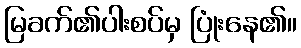
မြခက်၏ပါးစပ်မှ ပြုံးနေ၏။